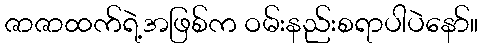
ဇာဇာထက်ရဲ့အဖြစ်က ဝမ်းနည်းစရာပါပဲနော်။